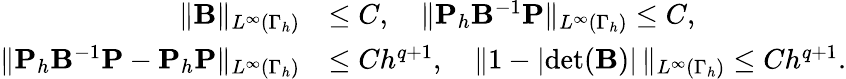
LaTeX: \begin{array}{rl}{\| \mathbf B\| _{L^{\infty}(\Gamma_{h})}}&{\le C,\quad\| \mathbf P_{h}\mathbf B^{-1}\mathbf P\| _{L^{\infty}(\Gamma_{h})}\le C,}\\ {\| \mathbf P_{h}\mathbf B^{-1}\mathbf P-\mathbf P_{h}\mathbf P\| _{L^{\infty}(\Gamma_{h})}}&{\le Ch^{q+1},\quad\| 1-|\mathrm{det}(\mathbf B)|\, \| _{L^{\infty}(\Gamma_{h})}\le Ch^{q+1}.}\end{array}